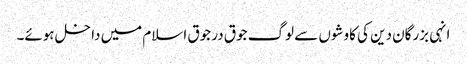
انہی بزرگان دین کی کاوشوں سے لوگ جوق در جوق اسلام میں داخل ہوئے۔